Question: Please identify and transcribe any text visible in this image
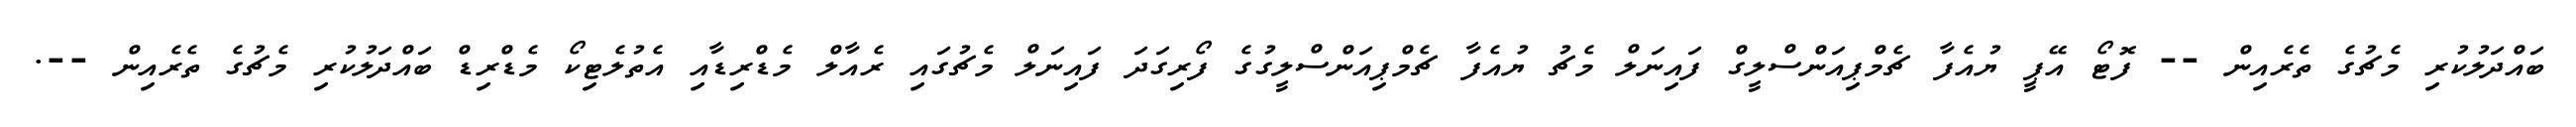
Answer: ބައްދަލުކުރި މެޗުގެ ތެރެއިން -- ފޮޓޯ އޭޕީ ޔުއެފާ ޗެމްޕިއަންސްލީގް ފައިނަލް މެޗު ޔުއެފާ ޗެމްޕިއަންސްލީގުގެ ފޯރިގަދަ ފައިނަލް މެޗުގައި ރެއާލް މެޑްރިޑާއި އެތުލެޓިކޯ މެޑްރިޑް ބައްދަލުކުރި މެޗުގެ ތެރެއިން --.